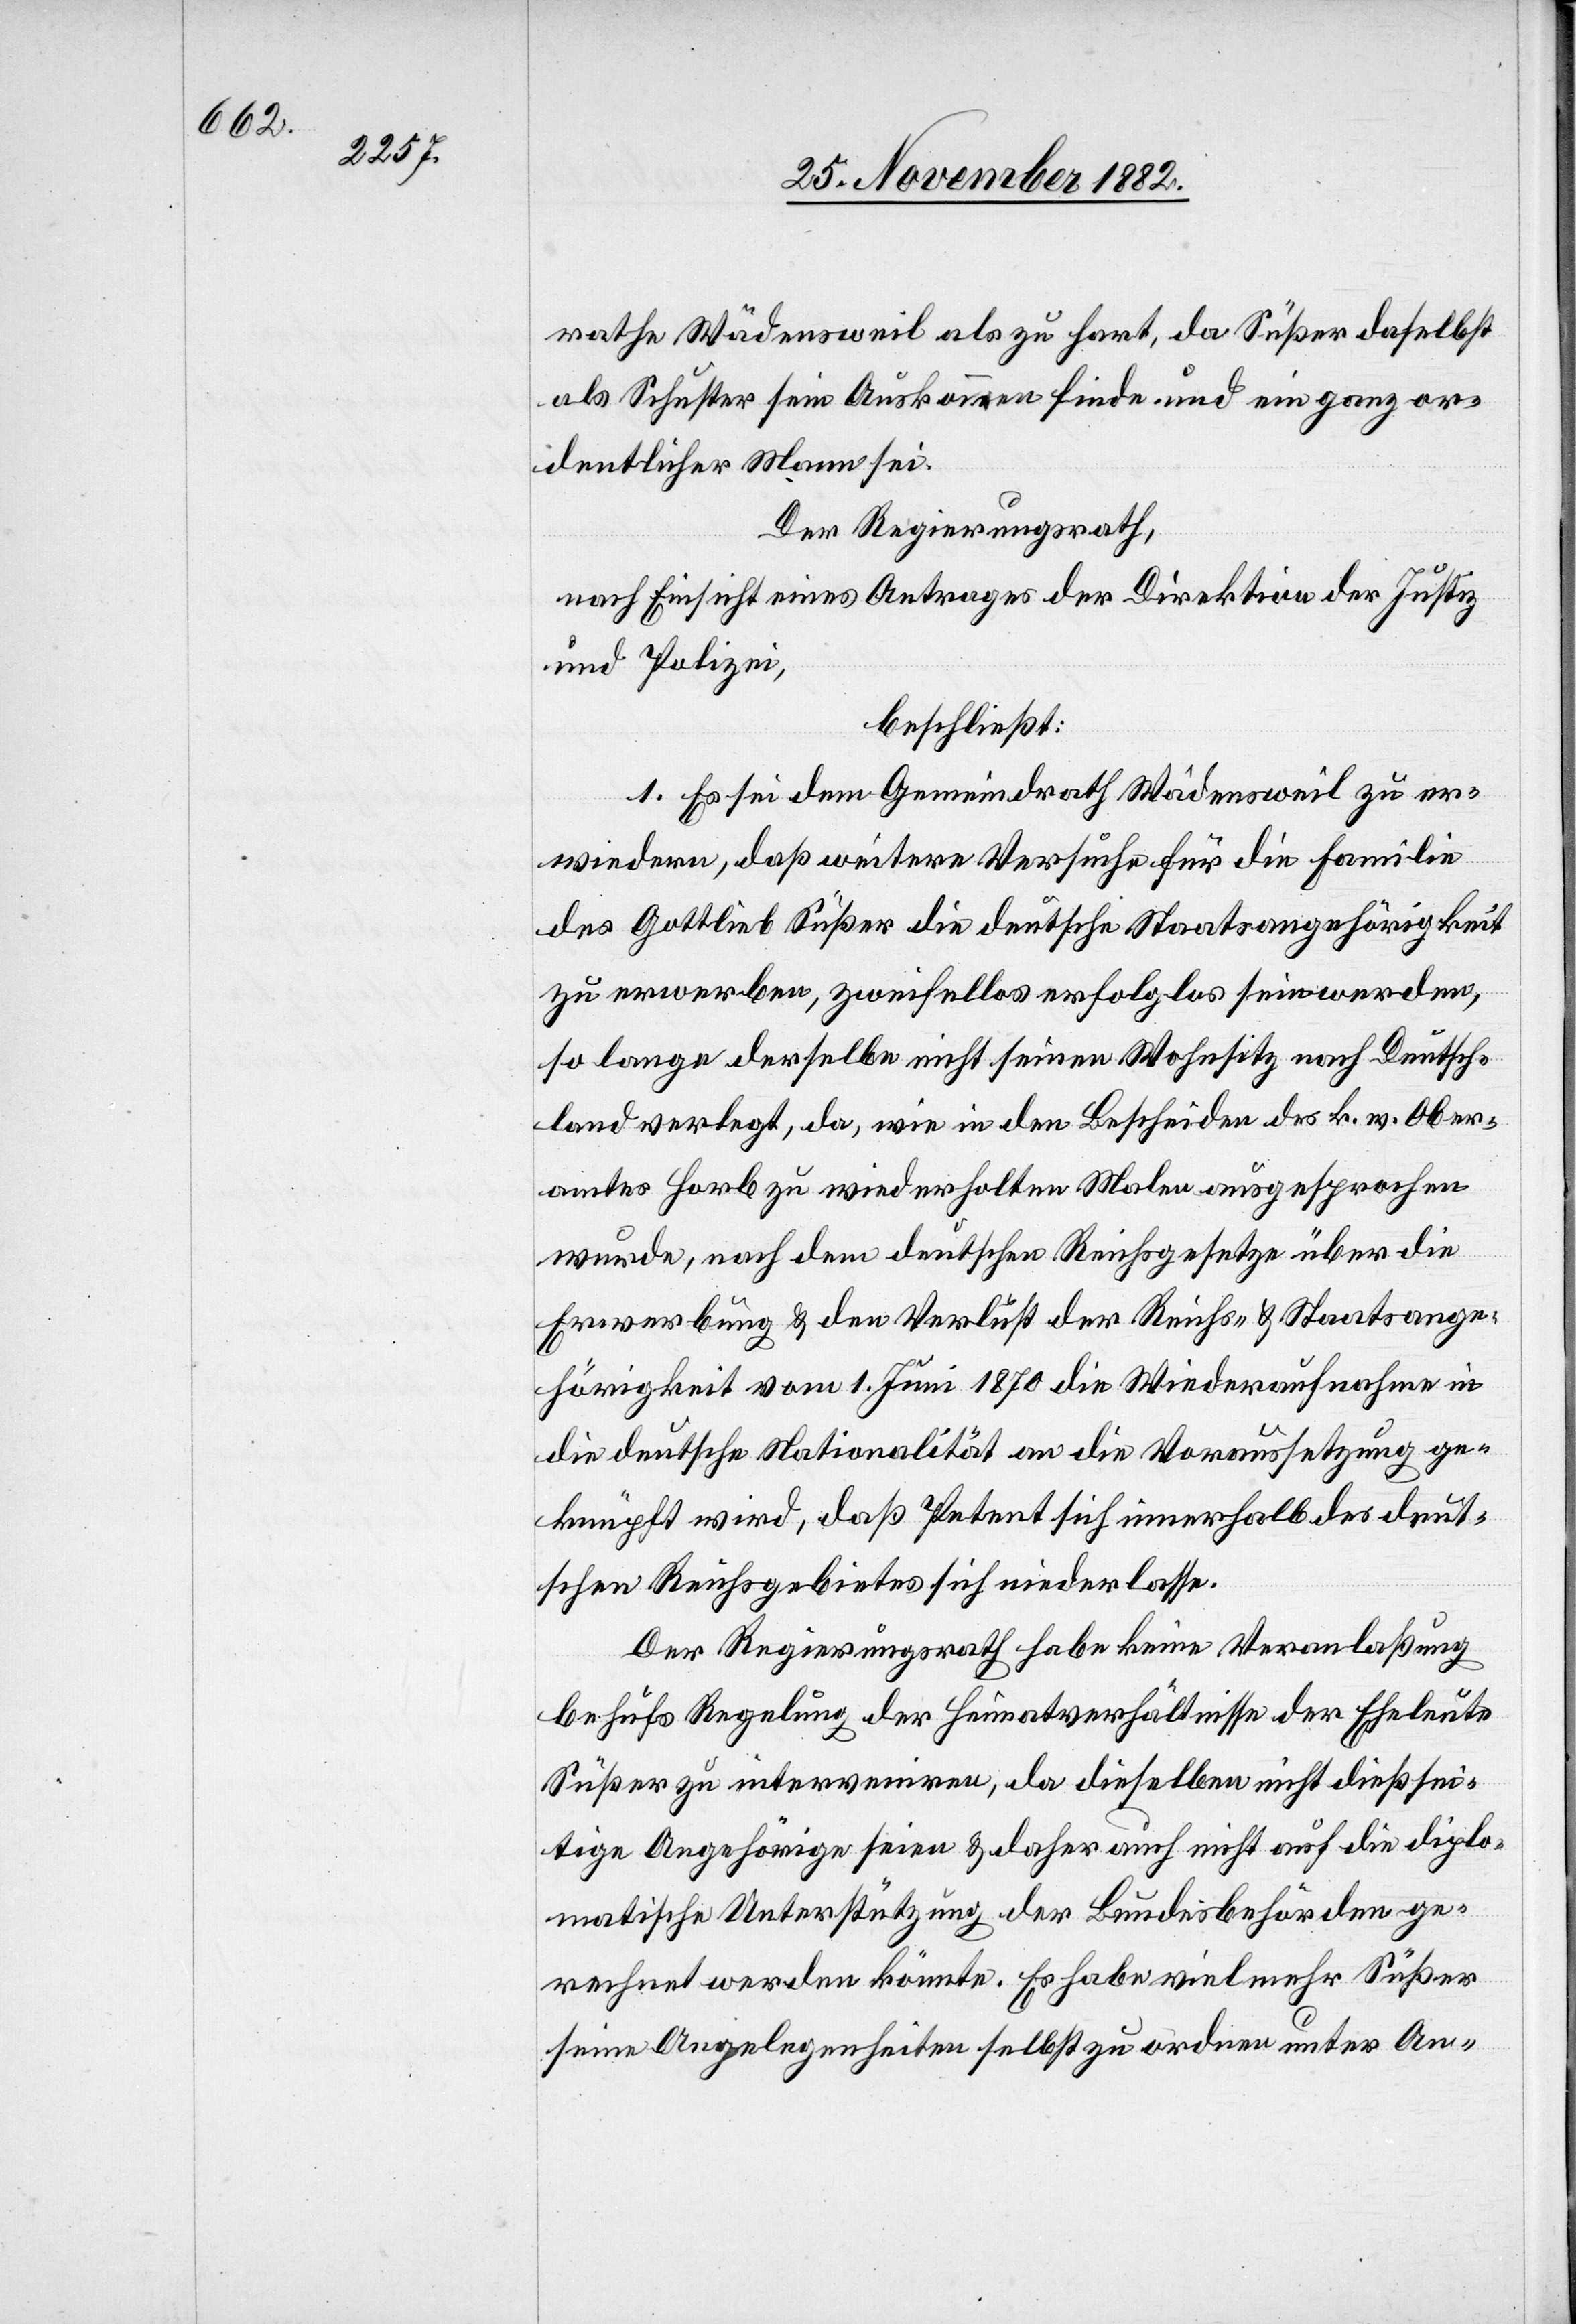
Ober¬

ecte: b.

rathe Wädensweil als zu hart, da Süßer daselbst
als Schuster sein Auskommen finde und ein ganz or¬
dentlicher Mann sei.
Der Regierungsrath,
nach Einsicht eines Antrages der Direktion der Justiz
und Polizei,
beschließt:
1. Es sei dem Gemeindrath Wädensweil zu er¬
wiedern, daß weitere Versuche für die Familie
des Gottlieb Süßer die deutsche Staatsangehörigkeit
zu erwerben, zweifellos erfolglos sein werden,
so lange derselbe nicht seinen Wohnsitz nach Deutsch¬
land verlegt, da, wie in den Bescheiden des k. w. [r¬
amtes Horb zu wiederholten Malen ausgesprochen
wurde, nach dem deutschen Reichsgesetze über die
Erwerbung & den Verlust der Reichs- & Staatsange¬
hörigkeit vom 1. Juni 1870 die Wiederaufnahme in
die deutsche Nationalität an die Voraussetzung ge¬
knüpft wird, daß Petent sich innerhalb des deut¬
schen Reichsgebietes sich [sic!] niederlasse.
Der Regierungsrath habe keine Veranlaßung
behufs Regelung der Heimatverhältnisse der Eheleute
Süßer zu interveniren, da dieselben nicht dießsei¬
tige Angehörige seien & daher auch nicht auf die diplo¬
matische Unterstützung der Bundesbehörden ge¬
rechnet werden könnte. Es habe vielmehr Süßer
seine Angelegenheiten selbst zu ordnen unter An-